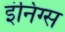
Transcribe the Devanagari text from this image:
इंनिंग्स